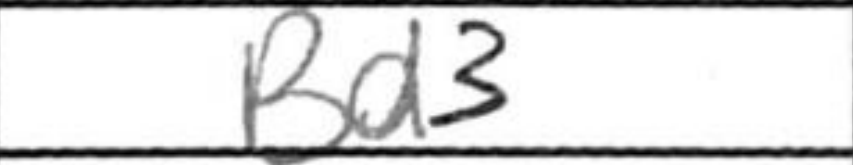
Transcription: Bd3